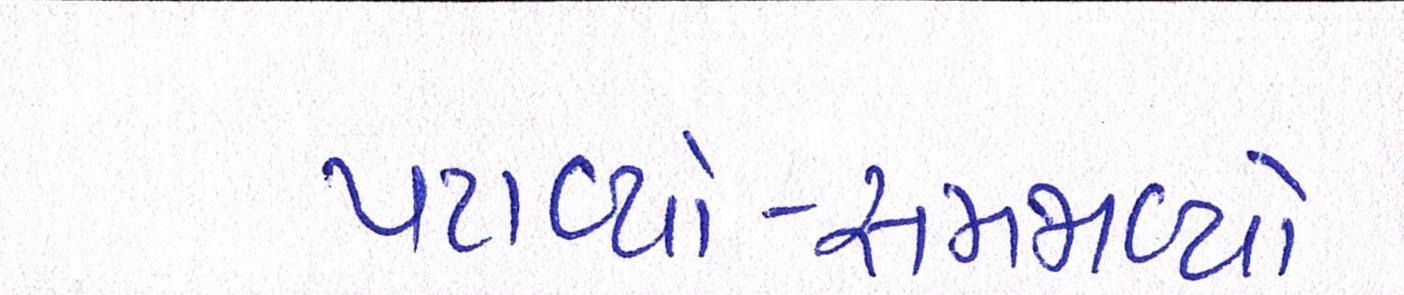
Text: પટાવ્યો-સમજાવ્યો